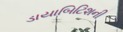
ડાયાબિટિશની